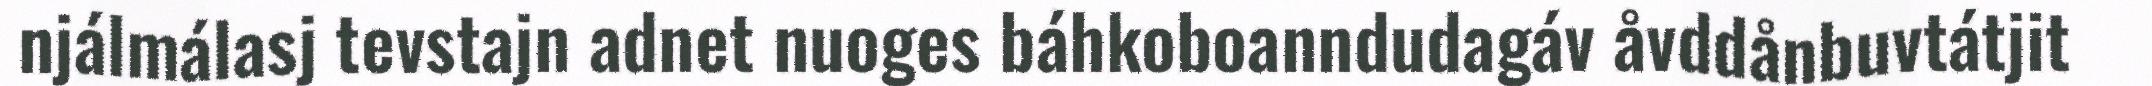
njálmálasj tevstajn adnet nuoges báhkoboanndudagáv åvddånbuvtátjit